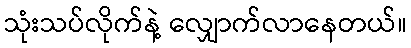
သုံးသပ်လိုက်နဲ့ လျှောက်လာနေတယ်။